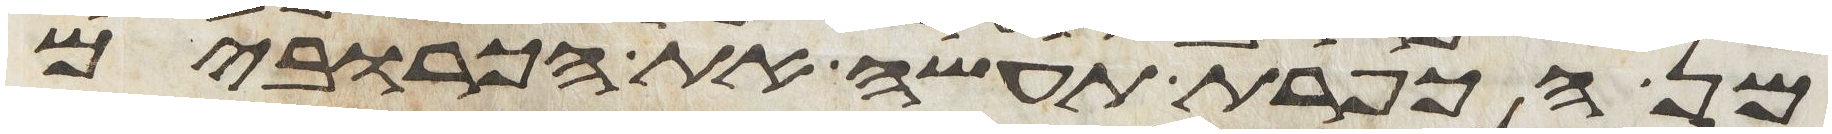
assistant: מן הכפרת תעשה את הכרובים